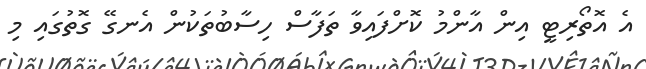
އެ އޮތޯރިޓީ އިން އާންމު ކޮށްފައިވާ ތަފާސް ހިސާބުތަކުން އެނގޭ ގޮތުގައި މި